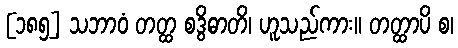
[၁၈၅] သဘာဝံ တတ္ထ စဒွိဓာတိ၊ ဟူသည်ကား။ တတ္ထာပိ စ၊